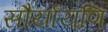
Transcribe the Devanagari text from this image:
सौर्यायणि